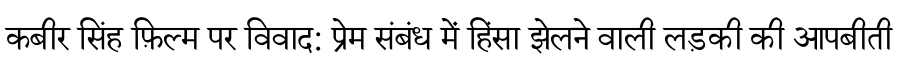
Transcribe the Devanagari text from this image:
कबीर सिंह फ़िल्म पर विवाद: प्रेम संबंध में हिंसा झेलने वाली लड़की की आपबीती